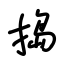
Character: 捣